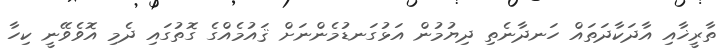
ތާރީޚާއި އާދަކާދަތައް ހަނދާނެތި ދިޔުމުން އަޅުގަނޑުމެންނަށް ޤައުމެއްގެ ގޮތުގައި ދެމި އޮވެވޭނީ ކިހާ